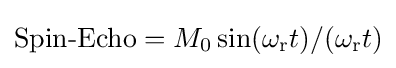
{\text{Spin-Echo}}=M_{\mathrm {0} }\sin(\omega _{\mathrm {r} }t)/(\omega _{\mathrm {r} }t)